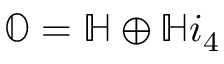
\mathbb { O } = \mathbb { H } \oplus \mathbb { H } i _ { 4 }